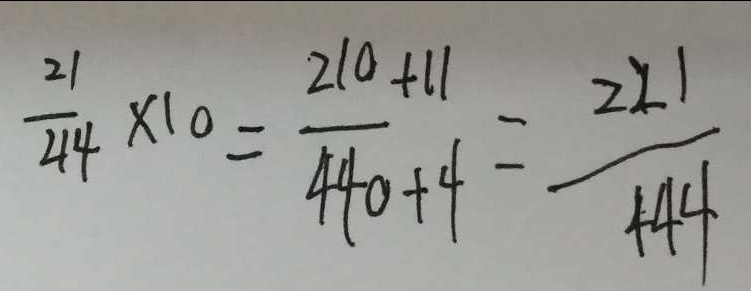
\frac { 2 1 } { 4 4 } \times 1 0 = \frac { 2 1 0 + 1 1 } { 4 4 0 + 4 } = \frac { 2 2 1 } { 4 4 4 }